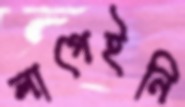
লাগেইনি